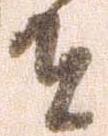
者